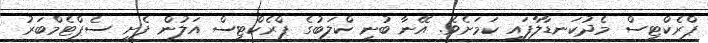
ޕްރެކްޓިސް މެދުކަނޑާލާފައި ކަމަށެވެ. އޭނާ ބުނީ ކްލަބުގެ ޕްރެކްޓިސް އަލުން ފެށީ ސެޕްޓެމްބަރު